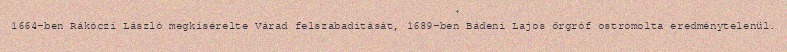
1664-ben Rákóczi László megkísérelte Várad felszabadítását, 1689-ben Bádeni Lajos őrgróf ostromolta eredménytelenül.